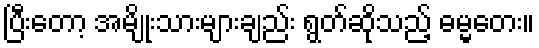
ပြီးတော့ အမျိုးသားများချည်း ရွတ်ဆိုသည့် ဓမ္မတေး။